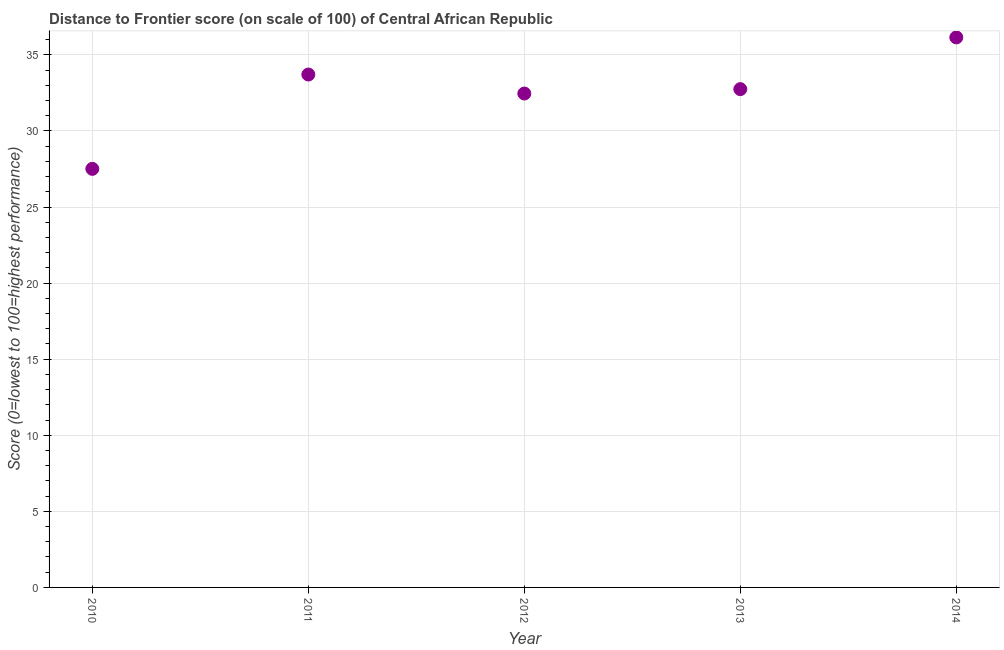
| Year | Distance to frontier score |
 | --- | --- |
 | 2010 | 27.5 |
 | 2011 | 33.7 |
 | 2012 | 32.5 |
 | 2013 | 32.8 |
 | 2014 | 36.1 |